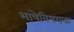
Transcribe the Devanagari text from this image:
भाषेविषयक